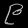
Digit: ၉